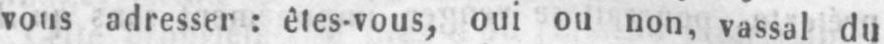
vous adresser: êtes-vous, oui ou non, vassal du